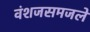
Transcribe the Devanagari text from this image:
वंशजसमजले